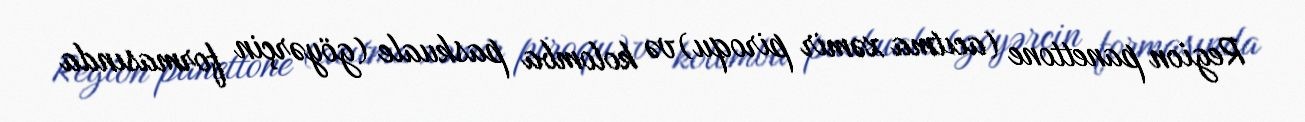
Region panettone (acıtma xəmir piroqu) və kolomba paskuale (göyərçin formasında